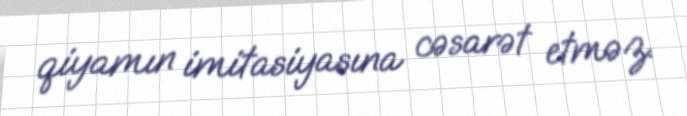
qiyamın imitasiyasına cəsarət etməz.